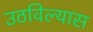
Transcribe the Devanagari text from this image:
उठविल्यास